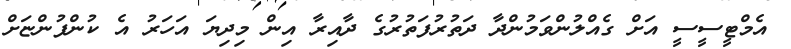
އެމްޓީސީސީ އަށް ގެއްލުންވަމުންދާ ދަތުރުފަތުރުގެ ދާއިރާ އިން މިދިޔަ އަހަރު އެ ކުންފުންޏަށް